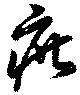
疵